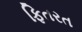
ફિતરત